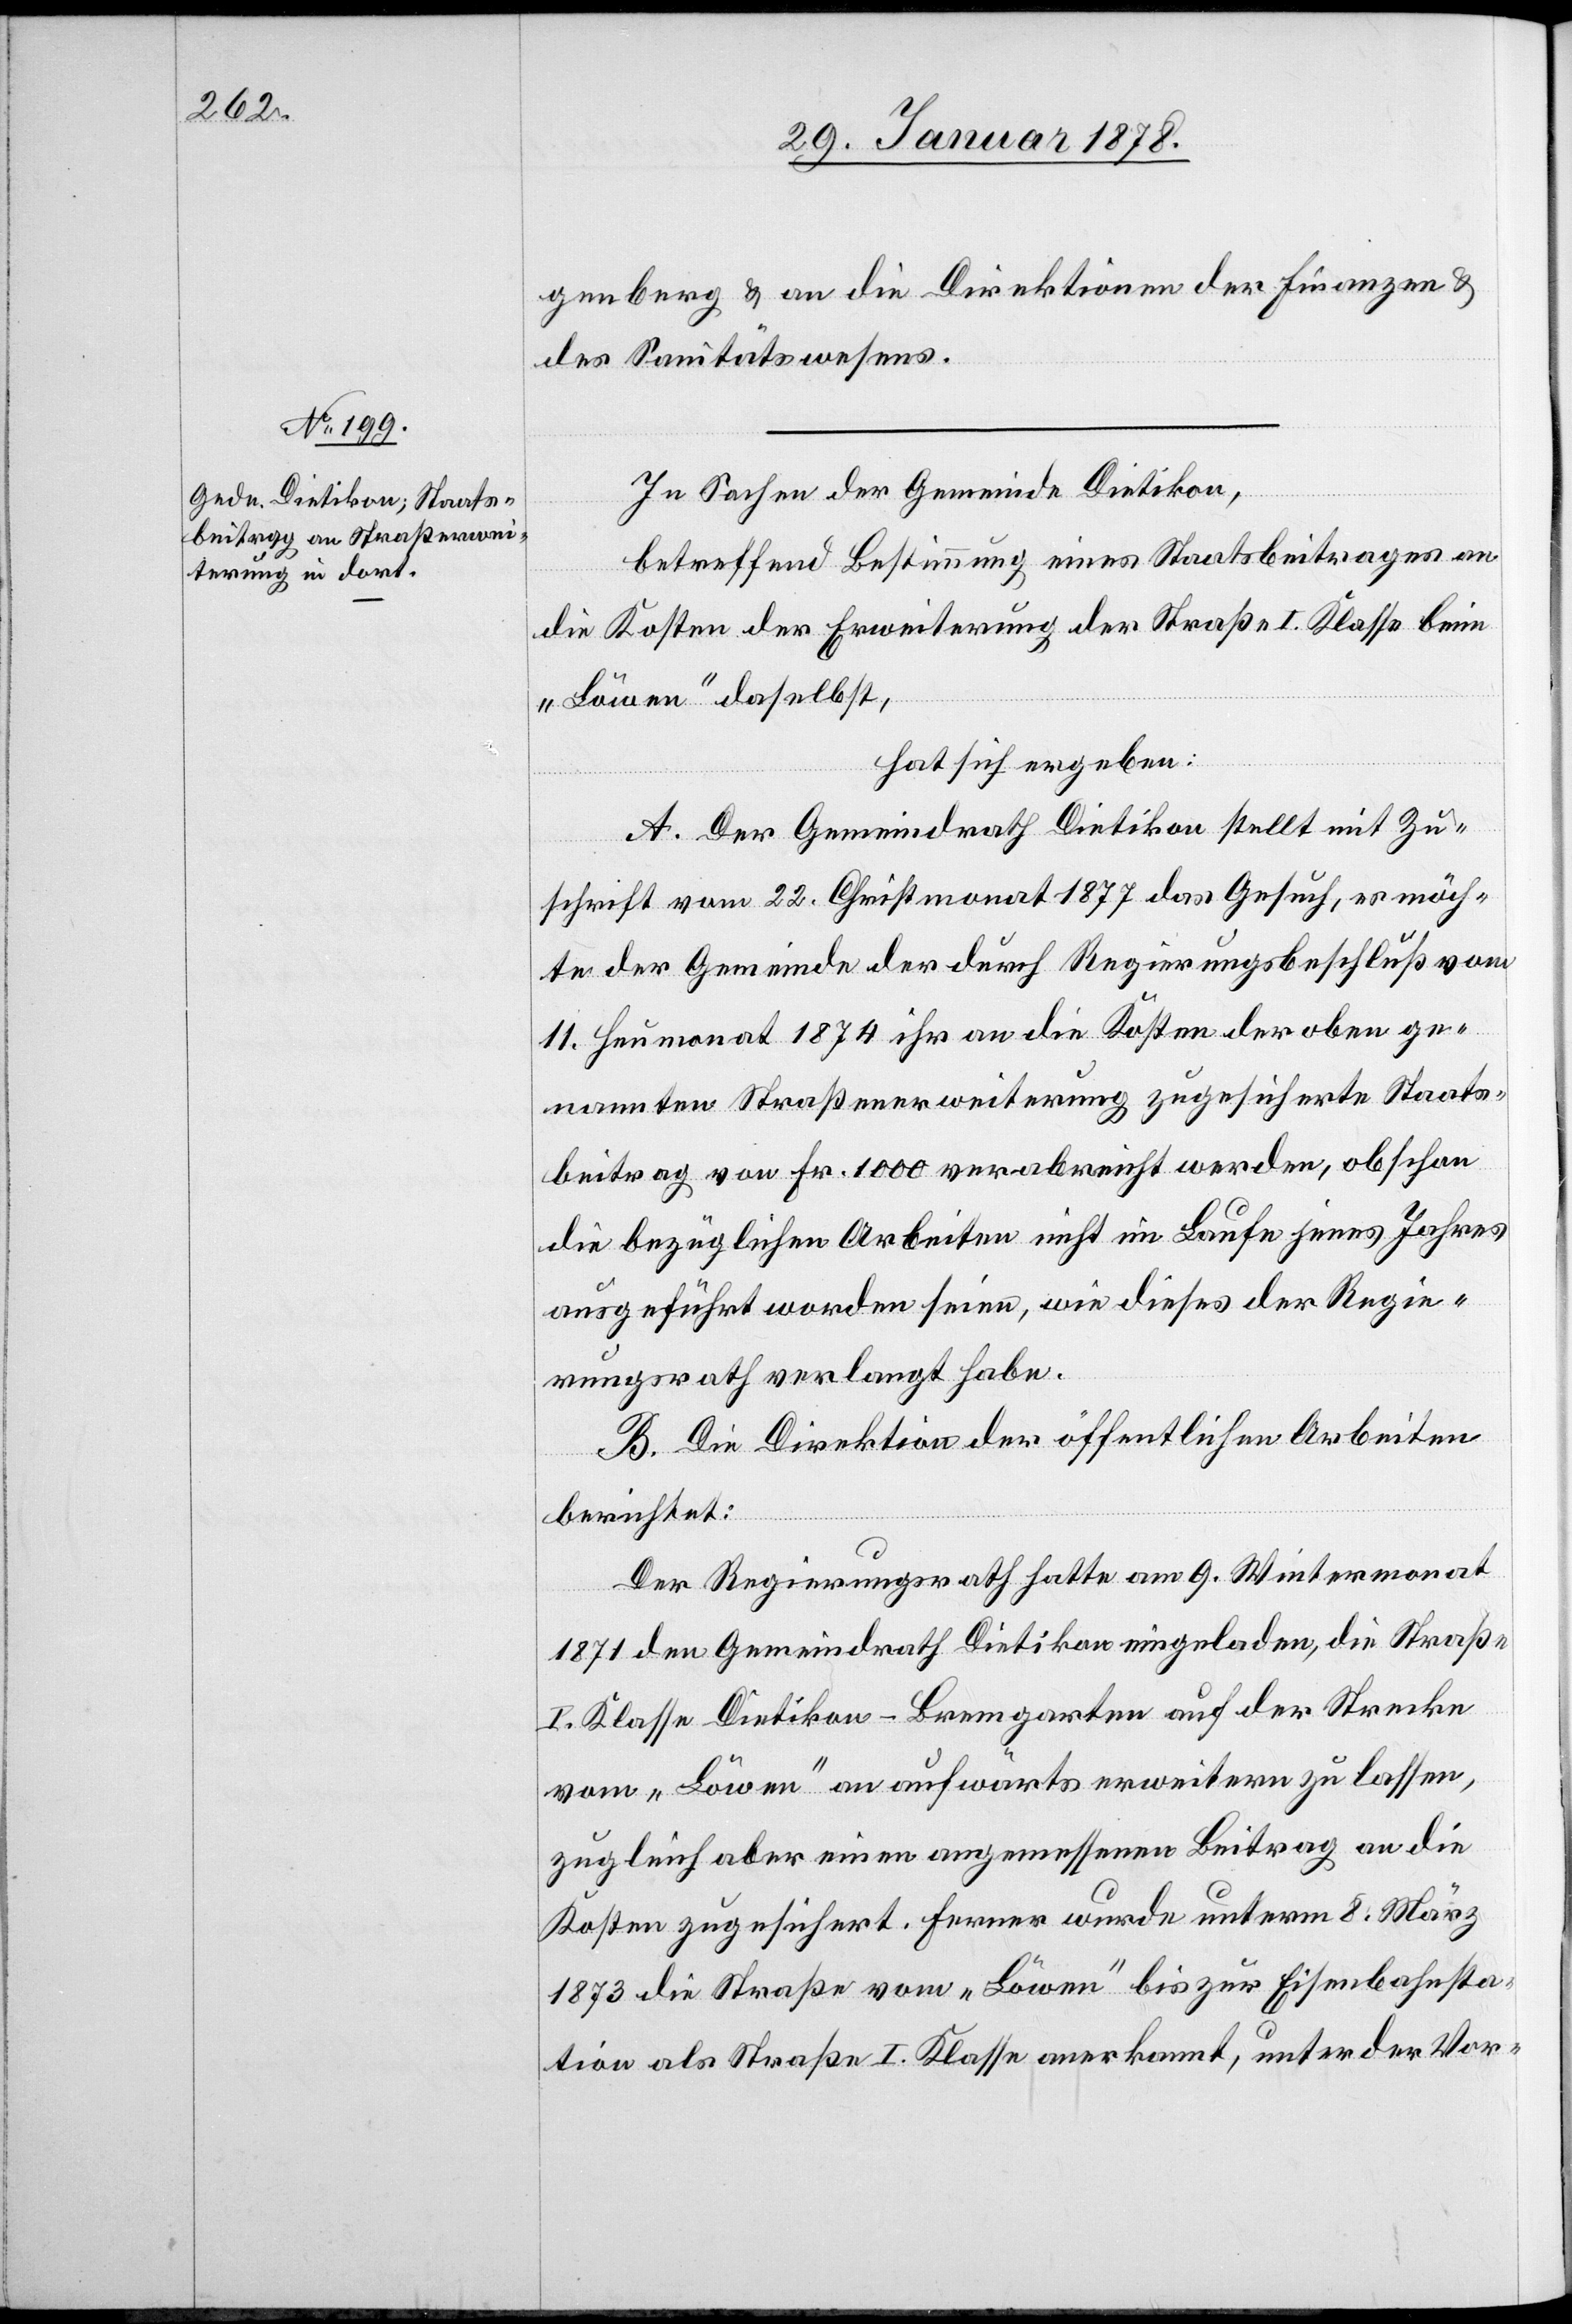
genberg & an die Direktion der Finanzen &
des Sanitätswesens.
In Sachen der Gemeinde Dietikon,
betreffend Bestimmung eines Staatsbeitrages an
die Kosten der Erweiterung der Straße I. Klasse beim
„Löwen“ daselbst,
hat sich ergeben:
A. Der Gemeindrath Dietikon stellt mit Zu¬
schrift vom 22. Christmonat 1877 das Gesuch, es möch¬
te der Gemeinde der durch Regierungsbeschluß vom
11. Heumonat 1874 ihr an die Kosten der oben ge¬
nannten Straßenerweiterung zugesicherte Staats¬
beitrag von Fr. 1000 verabreicht werden, obschon
die bezüglichen Arbeiten nicht im Laufe jenes Jahres
ausgeführt worden seien, wie dieses der Regie¬
rungsrath verlangt habe.
B. Die Direktion der öffentlichen Arbeiten
berichtet:
Der Regierungsrath hatte am 9. Wintermonat
1871 den Gemeindrath Dietikon eingeladen, die Straße
I. Klasse Dietikon–Bremgarten auf der Strecke
vom „Löwen“ an aufwärts erweitern zu lassen,
zugleich aber einen angemessenen Beitrag an die
Kosten zugesichert. Ferner wurde unterm 8. März
1873 die Straße vom „Löwen“ bis zur Eisenbahnsta¬
tion als Straße I. Klasse anerkannt, unter der Vor-